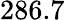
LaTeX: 286.7